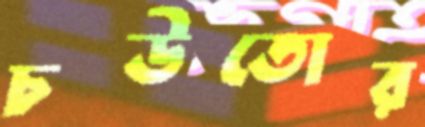
চউতোর